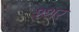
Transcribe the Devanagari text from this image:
श्शर